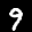
Label: 9